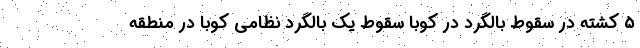
۵ کشته در سقوط بالگرد در کوبا سقوط یک بالگرد نظامی کوبا در منطقه